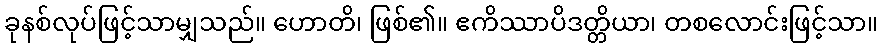
ခုနစ်လုပ်ဖြင့်သာမျှသည်။ ဟောတိ၊ ဖြစ်၏။ ဧကိဿာပိဒတ္တိယာ၊ တစလောင်းဖြင့်သာ။